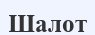
Шалот